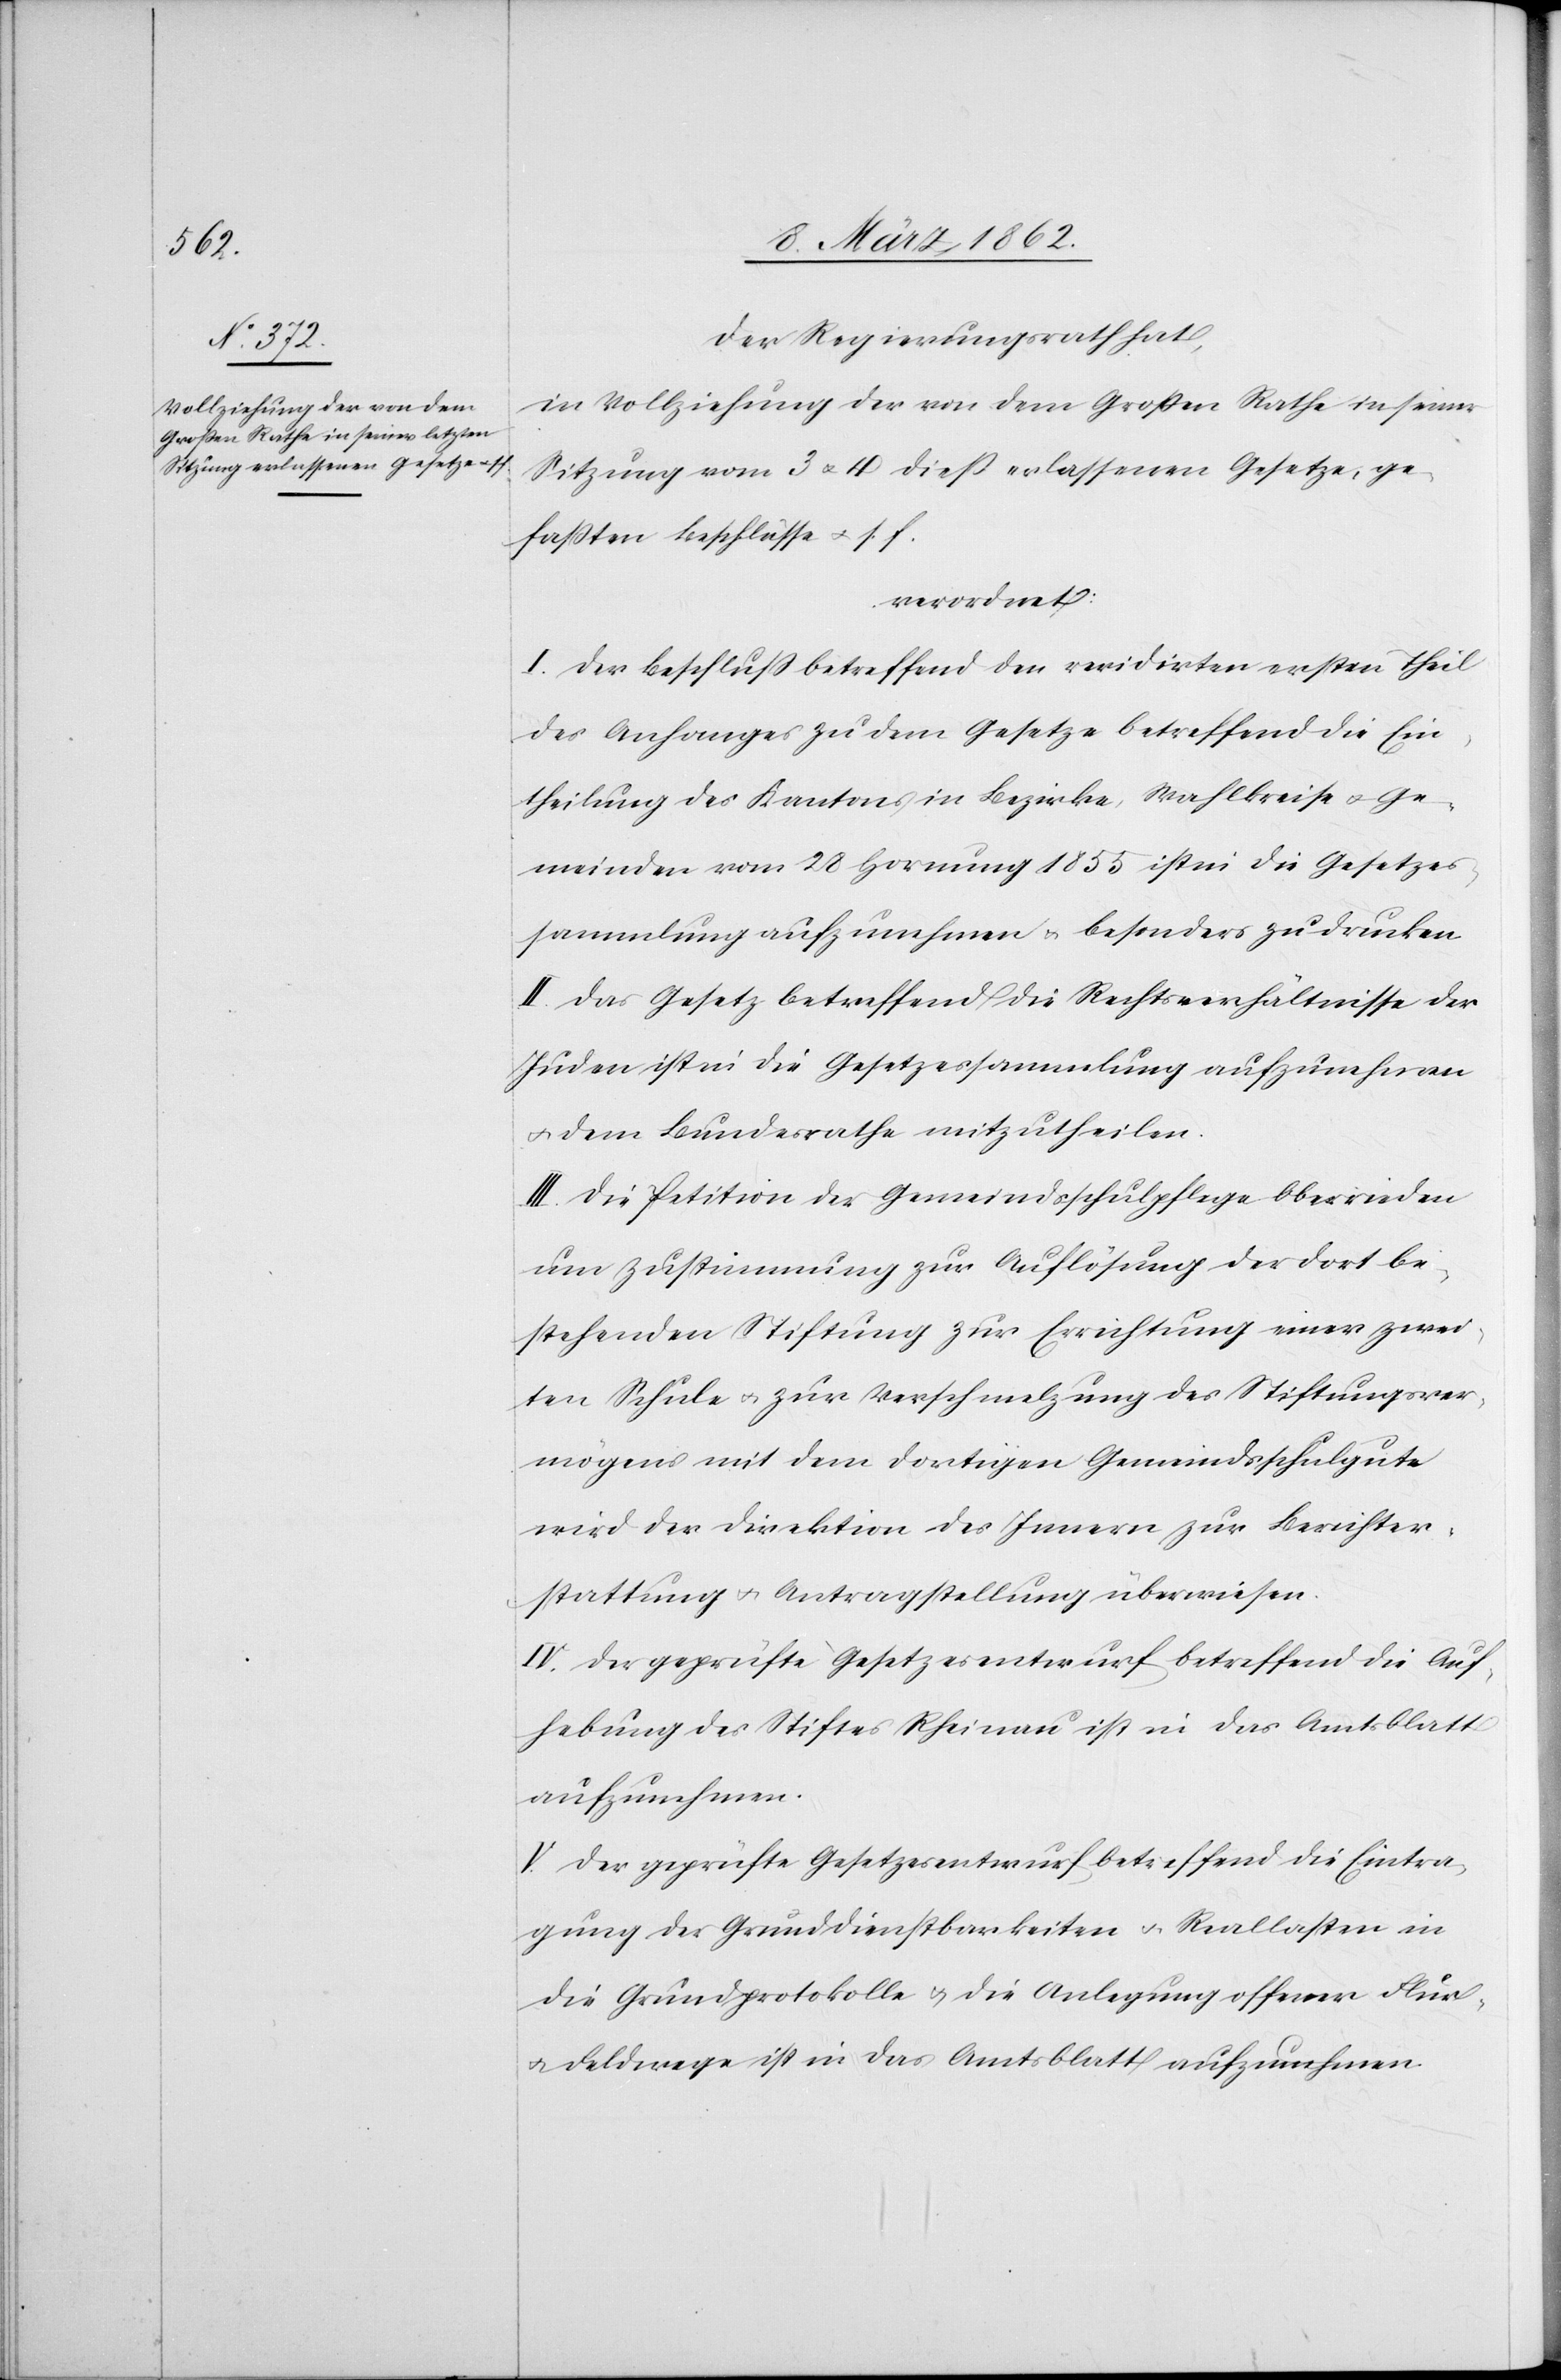
Der Regierungsrath hat,
in Vollziehung der von dem Großen Rathe in seiner
Sitzung vom 3 u. 4 dieß erlassenen Gesetze, ge¬
faßten Beschlüsse u. s. f.
verordnet:
I. Der Beschluß betreffend den revidirten ersten Theil
des Anhanges zu dem Gesetze betreffend die Ein¬
theilung des Kantons in Bezirke, Wahlkreise u. Ge¬
meinden vom 28 Hornung 1855 ist in die Gesetzes¬
sammlung aufzunehmen u. besonders zu drucken
II. Das Gesetz betreffend die Rechtsverhältnisse der
Juden ist in die Gesetzessammlung aufzunehmen
u. dem Bundesrathe mitzutheilen.
III. Die Petition der Gemeindsschulpflege Oberrieden
um Zustimmung zur Auflösung der dort be¬
stehenden Stiftung zur Errichtung einer zwei¬
ten Schule u. zur Verschmelzung des Stiftungsver¬
mögens mit dem dortigen Gemeindsschulgute
wird der Direktion des Innern zur Berichter¬
stattung u. Antragstellung überwiesen.
IV. Der geprüfte Gesetzesentwurf betreffend die Auf¬
hebung des Stiftes Rheinau ist in das Amtsblatt
aufzunehmen.
V. Der geprüfte Gesetzesentwurf betreffend die Eintra¬
gung der Grunddienstbarkeiten u. Reallasten in
die Grundprotokolle u. die Anlegung offener Flur-
u. Feldwege ist in das Amtsblatt aufzunehmen.